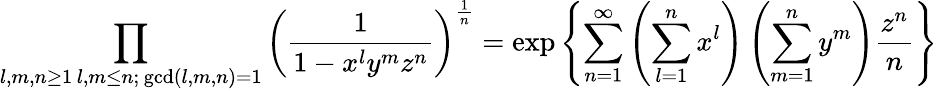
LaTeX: \prod_{\substack{l,m,n\geq 1\, l,m\leq n;\, \operatorname*{gcd}(l,m,n)=1}}\left(\frac{1}{1-x^{l}y^{m}z^{n}}\right)^{\frac{1}{n}}=\exp\left\{ \sum_{n=1}^{\infty}\left(\sum_{l=1}^{n}x^{l}\right)\left(\sum_{m=1}^{n}y^{m}\right)\frac{z^{n}}{n}\right\}